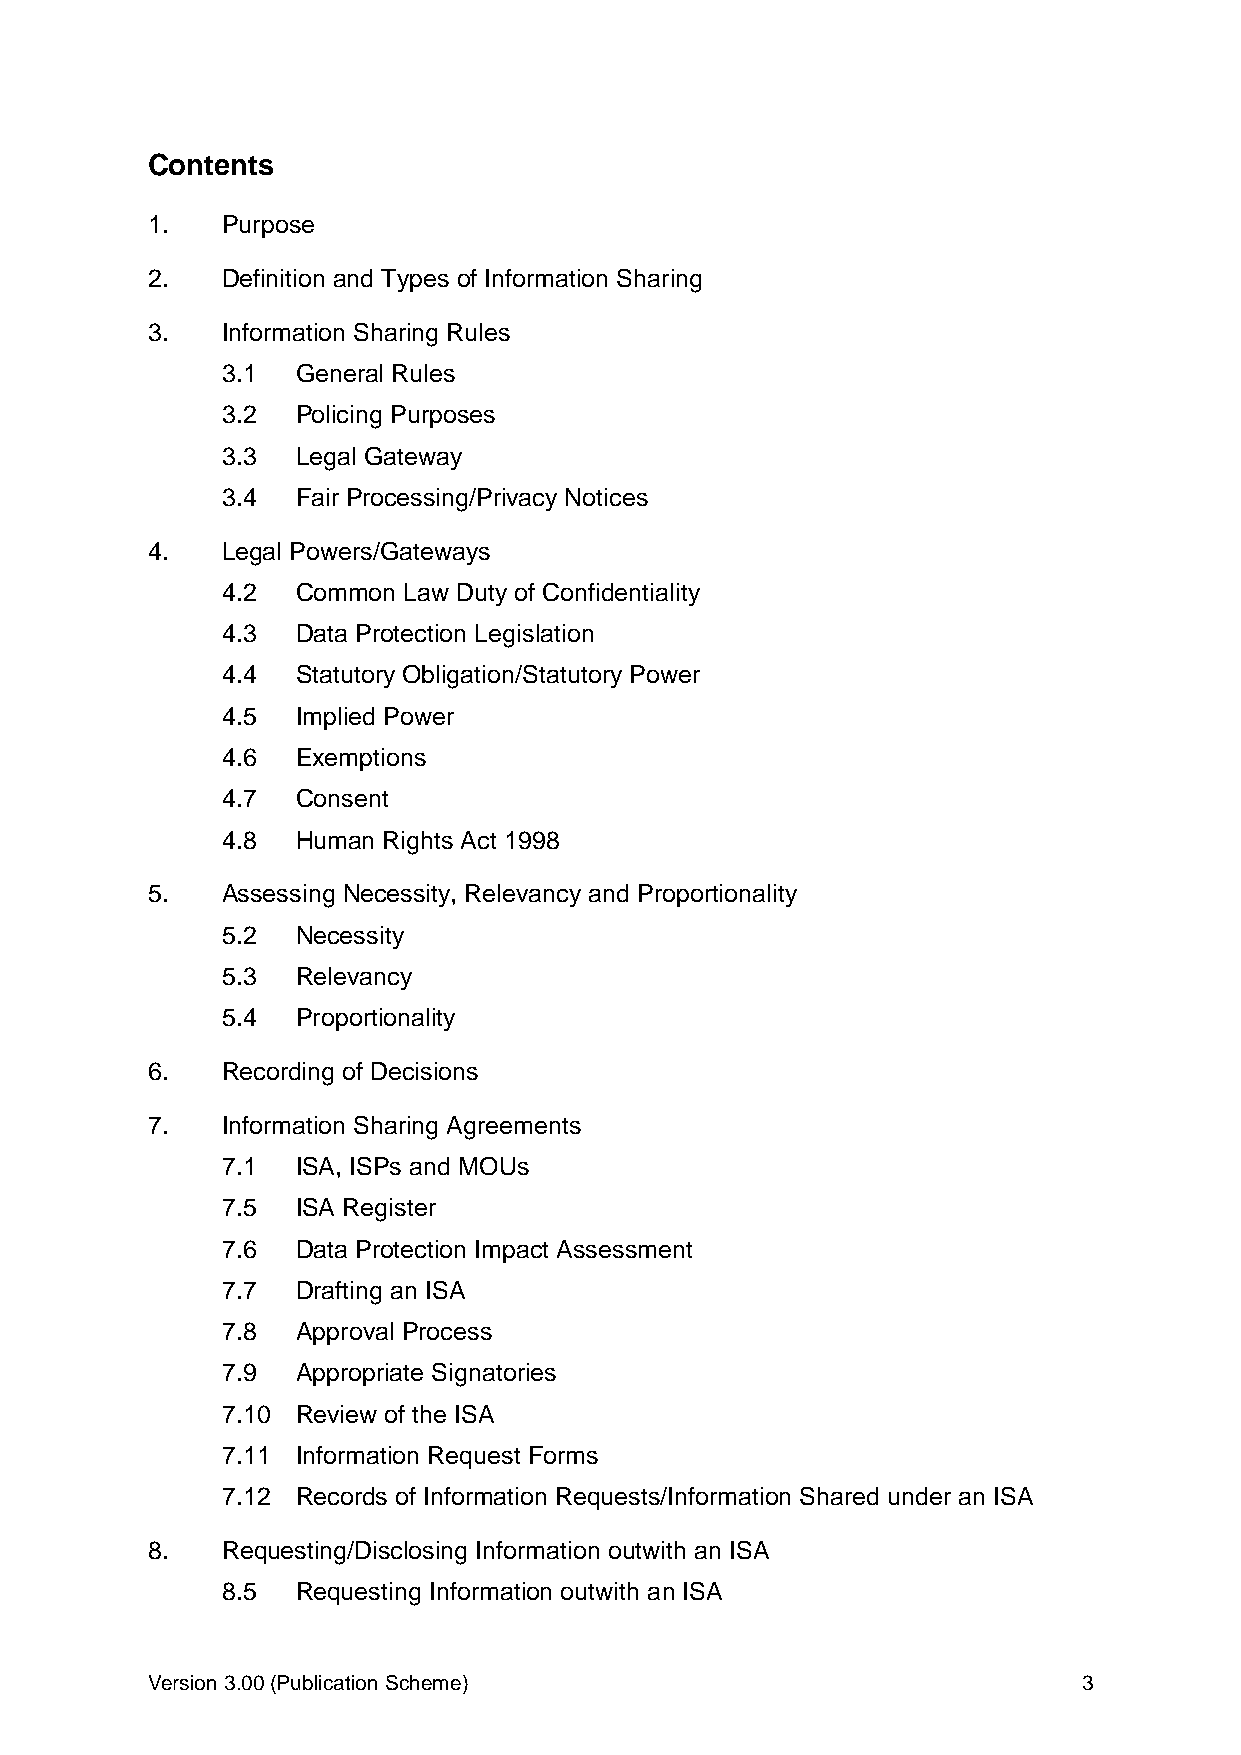
Contents
 1.   Purpose
 2.   Definition and Types of Information Sharing
 3.   Information Sharing Rules
 3.1  General Rules
 3.2  Policing Purposes
 3.3  Legal Gateway
 3.4  Fair Processing/Privacy Notices
 4.   Legal Powers/Gateways
 4.2  Common Law Duty of Confidentiality
 4.3  Data Protection Legislation
 4.4  Statutory Obligation/Statutory Power
 4.5  Implied Power
 4.6  Exemptions
 4.7  Consent
 4.8  Human Rights Act 1998
 5.   Assessing Necessity, Relevancy and Proportionality
 5.2  Necessity
 5.3  Relevancy
 5.4  Proportionality
 6.   Recording of Decisions
 7.   Information Sharing Agreements
 7.1  ISA, ISPs and MOUs
 7.5  ISA Register
 7.6  Data Protection Impact Assessment
 7.7  Drafting an ISA
 7.8  Approval Process
 7.9  Appropriate Signatories
 7.10 Review of the ISA
 7.11 Information Request Forms
 7.12 Records of Information Requests/Information Shared under an ISA
 8.   Requesting/Disclosing Information outwith an ISA
 8.5  Requesting Information outwith an ISA
 Version 3.00 (Publication Scheme)                             3